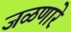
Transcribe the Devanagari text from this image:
जळणारे